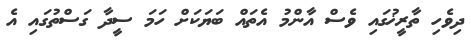
ދިވެހި ތާރީޚުގައި ވެސް އާންމު އެތައް ބަޔަކަށް ހަމަ ސީދާ ގަސްތުގައި އެ